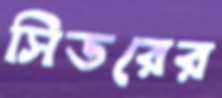
সিডরের